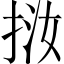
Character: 𢬨